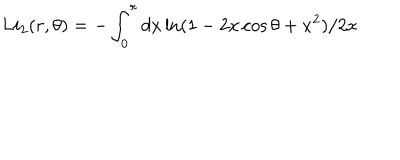
LaTeX: L i _ { 2 } ( r , \theta ) = - \int _ { 0 } ^ { r } d x \ln ( 1 - 2 x \cos \theta + x ^ { 2 } ) / 2 x